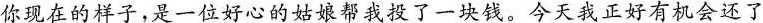
你现在的样子，是一位好心的姑娘帮我投了一块钱。今天我正好有机会还了